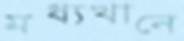
মধ্যখানে